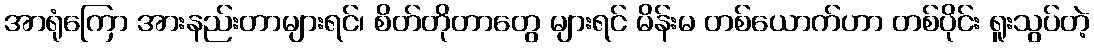
အာရုံကြော အားနည်းတာများရင်၊ စိတ်တိုတာတွေ များရင် မိန်းမ တစ်ယောက်ဟာ တစ်ပိုင်း ရူးသွပ်တဲ့